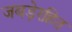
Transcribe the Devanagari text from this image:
जबड़ेरहित